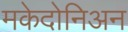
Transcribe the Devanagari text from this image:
मकेदोनिअन